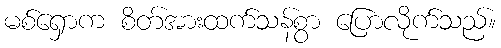
မစ်ရှောက စိတ်အားထက်သန်စွာ ပြောလိုက်သည်။